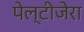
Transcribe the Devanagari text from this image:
पेल्टीजेरा